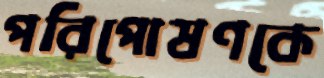
পরিপোষণকে